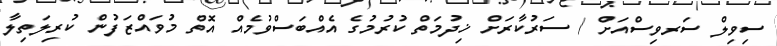
ސިވިލް ސަރވިސްއަށް / ސަރުކާރަށް ޚިދުމަތް ކުރުމުގެ އެއްބަސްވުމެއް އޮތް މުވައްޒަފުން ކުރިލަތިލާ